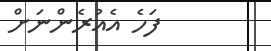
ފަހެ އެއުރެންނަށް